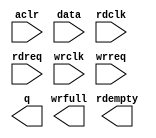
// megafunction wizard: %FIFO%VBB%
// GENERATION: STANDARD
// VERSION: WM1.0
// MODULE: dcfifo 

// ============================================================
// Megafunction Name(s):
// 			dcfifo
//
// Simulation Library Files(s):
// 			altera_mf
// ============================================================
// ************************************************************
// THIS IS A WIZARD-GENERATED FILE. DO NOT EDIT THIS FILE!
//
// 13.1.0 Build 162 10/23/2013 SJ Web Edition
// ************************************************************

//Copyright (C) 1991-2013 Altera Corporation
//Your use of Altera Corporation's design tools, logic functions 
//and other software and tools, and its AMPP partner logic 
//functions, and any output files from any of the foregoing 
//(including device programming or simulation files), and any 
//associated documentation or information are expressly subject 
//to the terms and conditions of the Altera Program License 
//Subscription Agreement, Altera MegaCore Function License 
//Agreement, or other applicable license agreement, including, 
//without limitation, that your use is for the sole purpose of 
//programming logic devices manufactured by Altera and sold by 
//Altera or its authorized distributors.  Please refer to the 
//applicable agreement for further details.

module FIFO (
	aclr,
	data,
	rdclk,
	rdreq,
	wrclk,
	wrreq,
	q,
	rdempty,
	wrfull);

	input	  aclr;
	input	[63:0]  data;
	input	  rdclk;
	input	  rdreq;
	input	  wrclk;
	input	  wrreq;
	output	[63:0]  q;
	output	  rdempty;
	output	  wrfull;
`ifndef ALTERA_RESERVED_QIS
// synopsys translate_off
`endif
	tri0	  aclr;
`ifndef ALTERA_RESERVED_QIS
// synopsys translate_on
`endif

endmodule

// ============================================================
// CNX file retrieval info
// ============================================================
// Retrieval info: PRIVATE: AlmostEmpty NUMERIC "0"
// Retrieval info: PRIVATE: AlmostEmptyThr NUMERIC "-1"
// Retrieval info: PRIVATE: AlmostFull NUMERIC "0"
// Retrieval info: PRIVATE: AlmostFullThr NUMERIC "-1"
// Retrieval info: PRIVATE: CLOCKS_ARE_SYNCHRONIZED NUMERIC "0"
// Retrieval info: PRIVATE: Clock NUMERIC "4"
// Retrieval info: PRIVATE: Depth NUMERIC "128"
// Retrieval info: PRIVATE: Empty NUMERIC "1"
// Retrieval info: PRIVATE: Full NUMERIC "1"
// Retrieval info: PRIVATE: INTENDED_DEVICE_FAMILY STRING "Cyclone III"
// Retrieval info: PRIVATE: LE_BasedFIFO NUMERIC "0"
// Retrieval info: PRIVATE: LegacyRREQ NUMERIC "1"
// Retrieval info: PRIVATE: MAX_DEPTH_BY_9 NUMERIC "0"
// Retrieval info: PRIVATE: OVERFLOW_CHECKING NUMERIC "0"
// Retrieval info: PRIVATE: Optimize NUMERIC "2"
// Retrieval info: PRIVATE: RAM_BLOCK_TYPE NUMERIC "0"
// Retrieval info: PRIVATE: SYNTH_WRAPPER_GEN_POSTFIX STRING "0"
// Retrieval info: PRIVATE: UNDERFLOW_CHECKING NUMERIC "0"
// Retrieval info: PRIVATE: UsedW NUMERIC "1"
// Retrieval info: PRIVATE: Width NUMERIC "64"
// Retrieval info: PRIVATE: dc_aclr NUMERIC "1"
// Retrieval info: PRIVATE: diff_widths NUMERIC "0"
// Retrieval info: PRIVATE: msb_usedw NUMERIC "0"
// Retrieval info: PRIVATE: output_width NUMERIC "64"
// Retrieval info: PRIVATE: rsEmpty NUMERIC "1"
// Retrieval info: PRIVATE: rsFull NUMERIC "0"
// Retrieval info: PRIVATE: rsUsedW NUMERIC "0"
// Retrieval info: PRIVATE: sc_aclr NUMERIC "0"
// Retrieval info: PRIVATE: sc_sclr NUMERIC "0"
// Retrieval info: PRIVATE: wsEmpty NUMERIC "0"
// Retrieval info: PRIVATE: wsFull NUMERIC "1"
// Retrieval info: PRIVATE: wsUsedW NUMERIC "0"
// Retrieval info: LIBRARY: altera_mf altera_mf.altera_mf_components.all
// Retrieval info: CONSTANT: INTENDED_DEVICE_FAMILY STRING "Cyclone III"
// Retrieval info: CONSTANT: LPM_NUMWORDS NUMERIC "128"
// Retrieval info: CONSTANT: LPM_SHOWAHEAD STRING "OFF"
// Retrieval info: CONSTANT: LPM_TYPE STRING "dcfifo"
// Retrieval info: CONSTANT: LPM_WIDTH NUMERIC "64"
// Retrieval info: CONSTANT: LPM_WIDTHU NUMERIC "7"
// Retrieval info: CONSTANT: OVERFLOW_CHECKING STRING "ON"
// Retrieval info: CONSTANT: RDSYNC_DELAYPIPE NUMERIC "5"
// Retrieval info: CONSTANT: READ_ACLR_SYNCH STRING "OFF"
// Retrieval info: CONSTANT: UNDERFLOW_CHECKING STRING "ON"
// Retrieval info: CONSTANT: USE_EAB STRING "ON"
// Retrieval info: CONSTANT: WRITE_ACLR_SYNCH STRING "OFF"
// Retrieval info: CONSTANT: WRSYNC_DELAYPIPE NUMERIC "5"
// Retrieval info: USED_PORT: aclr 0 0 0 0 INPUT GND "aclr"
// Retrieval info: USED_PORT: data 0 0 64 0 INPUT NODEFVAL "data[63..0]"
// Retrieval info: USED_PORT: q 0 0 64 0 OUTPUT NODEFVAL "q[63..0]"
// Retrieval info: USED_PORT: rdclk 0 0 0 0 INPUT NODEFVAL "rdclk"
// Retrieval info: USED_PORT: rdempty 0 0 0 0 OUTPUT NODEFVAL "rdempty"
// Retrieval info: USED_PORT: rdreq 0 0 0 0 INPUT NODEFVAL "rdreq"
// Retrieval info: USED_PORT: wrclk 0 0 0 0 INPUT NODEFVAL "wrclk"
// Retrieval info: USED_PORT: wrfull 0 0 0 0 OUTPUT NODEFVAL "wrfull"
// Retrieval info: USED_PORT: wrreq 0 0 0 0 INPUT NODEFVAL "wrreq"
// Retrieval info: CONNECT: @aclr 0 0 0 0 aclr 0 0 0 0
// Retrieval info: CONNECT: @data 0 0 64 0 data 0 0 64 0
// Retrieval info: CONNECT: @rdclk 0 0 0 0 rdclk 0 0 0 0
// Retrieval info: CONNECT: @rdreq 0 0 0 0 rdreq 0 0 0 0
// Retrieval info: CONNECT: @wrclk 0 0 0 0 wrclk 0 0 0 0
// Retrieval info: CONNECT: @wrreq 0 0 0 0 wrreq 0 0 0 0
// Retrieval info: CONNECT: q 0 0 64 0 @q 0 0 64 0
// Retrieval info: CONNECT: rdempty 0 0 0 0 @rdempty 0 0 0 0
// Retrieval info: CONNECT: wrfull 0 0 0 0 @wrfull 0 0 0 0
// Retrieval info: GEN_FILE: TYPE_NORMAL FIFO.v TRUE
// Retrieval info: GEN_FILE: TYPE_NORMAL FIFO.inc FALSE
// Retrieval info: GEN_FILE: TYPE_NORMAL FIFO.cmp FALSE
// Retrieval info: GEN_FILE: TYPE_NORMAL FIFO.bsf TRUE
// Retrieval info: GEN_FILE: TYPE_NORMAL FIFO_inst.v TRUE
// Retrieval info: GEN_FILE: TYPE_NORMAL FIFO_bb.v TRUE
// Retrieval info: LIB_FILE: altera_mf